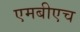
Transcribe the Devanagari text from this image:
एमबीएच